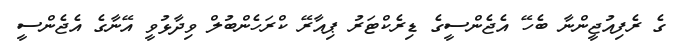
ގެ ރެފިއުޖީންނާ ބެހޭ އެޖެންސީގެ ޑިރެކްޓަރު ޕިއާރޭ ކްރަހެންބުލް ވިދާޅުވީ އޭނާގެ އެޖެންސީ